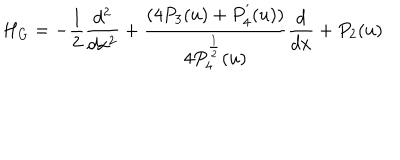
H _ { G } = - \frac { 1 } { 2 } \frac { d ^ { 2 } } { d x ^ { 2 } } + \frac { ( 4 P _ { 3 } ( u ) + P _ { 4 } ^ { ^ { \prime } } ( u ) ) } { 4 P _ { 4 } ^ { \frac { 1 } { 2 } } ( u ) } \frac { d } { d x } + P _ { 2 } ( u )